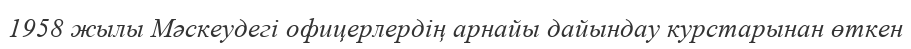
1958 жылы Мәскеудегі офицерлердің арнайы дайындау курстарынан өткен